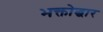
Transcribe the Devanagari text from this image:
भक्तोद्धार